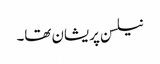
نیلسن پریشان تھا۔